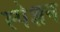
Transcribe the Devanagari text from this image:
स्पेशन